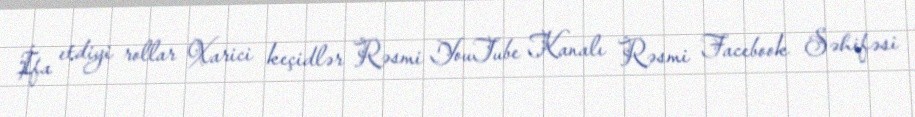
İfa etdiyi rollar Xarici keçidlər Rəsmi YouTube Kanalı Rəsmi Facebook Səhifəsi